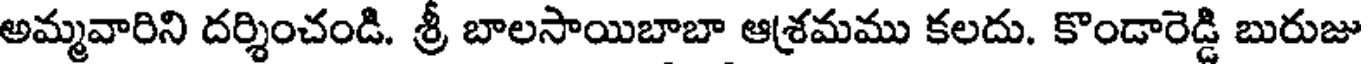
అమ్మవారిని దర్శించండి. శ్రీ బాలసాయిబాబా ఆశ్రమము కలదు. కొండారెడ్డి బురుజు